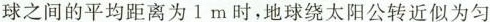
球之间的平均距离为1m时，地球绕太阳公转近似为匀